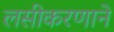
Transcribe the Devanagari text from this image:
लसीकरणाने